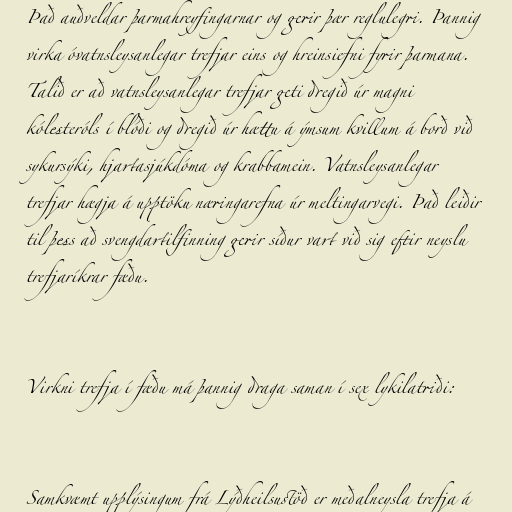
Það auðveldar þarmahreyfingarnar og gerir þær reglulegri. Þannig
virka óvatnsleysanlegar trefjar eins og hreinsiefni fyrir þarmana.
Talið er að vatnsleysanlegar trefjar geti dregið úr magni
kólesteróls í blóði og dregið úr hættu á ýmsum kvillum á borð við
sykursýki, hjartasjúkdóma og krabbamein. Vatnsleysanlegar
trefjar hægja á upptöku næringarefna úr meltingarvegi. Það leiðir
til þess að svengdartilfinning gerir síður vart við sig eftir neyslu
trefjaríkrar fæðu.

Virkni trefja í fæðu má þannig draga saman í sex lykilatriði:

Samkvæmt upplýsingum frá Lýðheilsustöð er meðalneysla trefja á